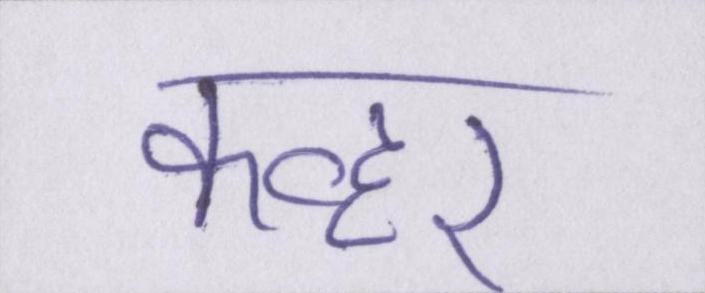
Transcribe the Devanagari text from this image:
कव्हर